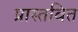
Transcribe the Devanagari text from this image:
प्रास्तवित